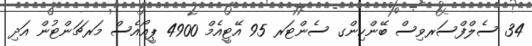
34 ސެލްފްސަރވިސް ބޭންކިންގ ސެންޓަރ 95 އޭޓީއެމް 4900 ޕީއޯއެސް މަރޗަންޓުން އަދި